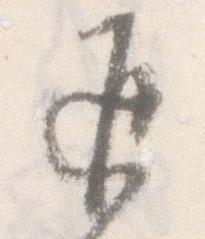
返